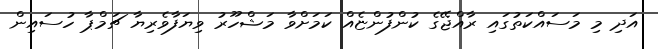
އަދި މި މަސައްކަތުގައި ރާއްޖޭގެ ކުންފުންޏެއް ކަމަށްވާ މަޝްހޫރު ވިޔަފާވެރިޔާ ޗަމްޕާ ހުސައިން